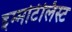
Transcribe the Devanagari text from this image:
इम्मोर्टलिस्ट